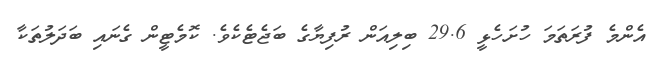
އެންމެ ފުރަތަމަ ހުށަހެޅީ 29.6 ބިލިއަން ރުފިޔާގެ ބަޖެޓެކެވެ. ކޮމެޓީން ގެނައި ބަދަލުތަކާ